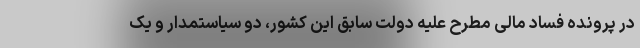
در پرونده فساد مالی مطرح علیه دولت سابق این کشور، دو سیاستمدار و یک